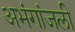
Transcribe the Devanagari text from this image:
अभंगांजली